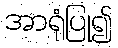
အာရုံပြု၍